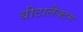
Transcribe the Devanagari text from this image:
बीटालैक्टम